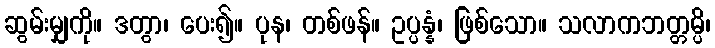
ဆွမ်းမျှကို။ ဒတွာ၊ ပေး၍။ ပုန၊ တစ်ဖန်။ ဥပ္ပန္နံ၊ ဖြစ်သော။ သလာကဘတ္တမ္ပိ၊